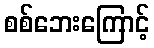
စစ်ဘေးကြောင့်